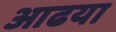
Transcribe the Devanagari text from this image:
आढया